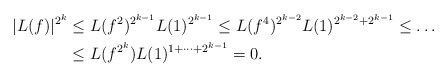
\begin{align*}|L(f)|^{2^k}&\leq L(f^2)^{2^{k-1}} L(1)^{2^{k-1}}\leq L(f^4)^{2^{k-2}} L(1)^{2^{k-2}+2^{k-1}}\leq \dots \\&\leq L(f^{2^k}) L(1)^{1+\dots+2^{k-1}} =0.\end{align*}